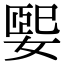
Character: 媐